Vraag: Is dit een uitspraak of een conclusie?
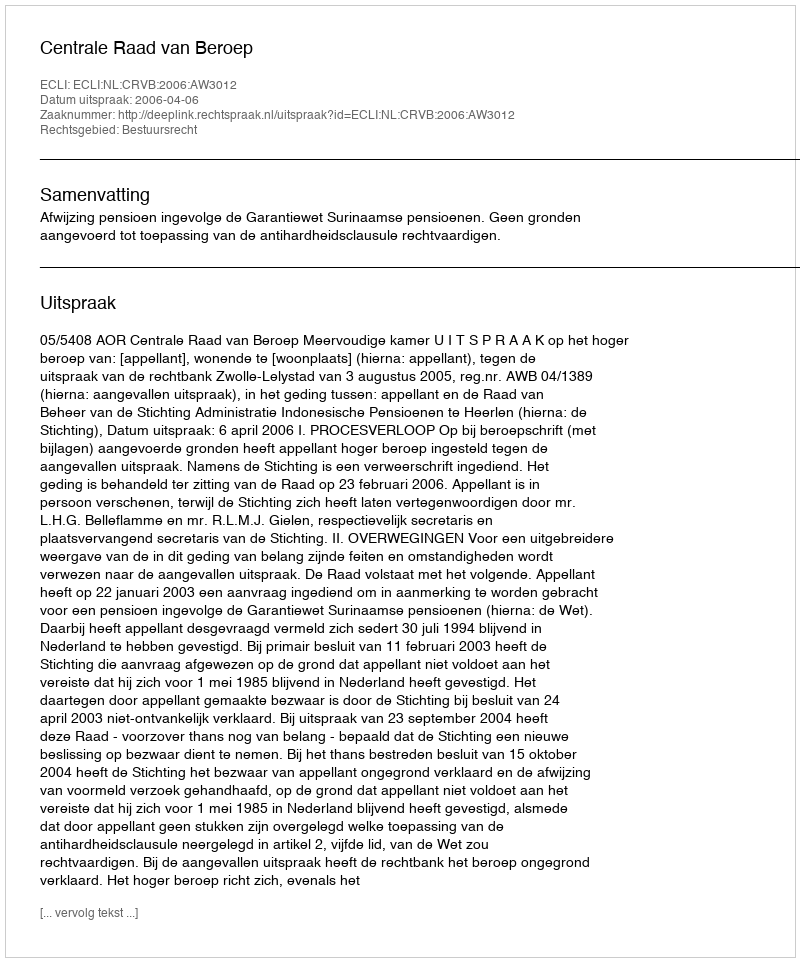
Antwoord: Uitspraak